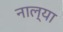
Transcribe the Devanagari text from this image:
नाल्या